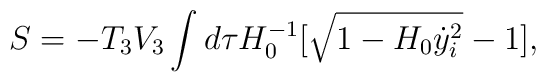
S=-T_3V_3 \int d\tau H_0^{-1}[\sqrt{1-H_0\dot{y}_i^2}-1],